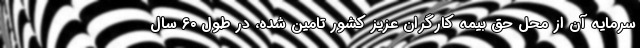
سرمایه آن از محل حق بیمه‌ کارگران عزیز کشور تامین شده، در طول ۶۰ سال